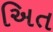
અિત